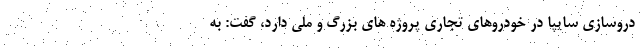
دروسازی سایپا در خودروهای تجاری پروژه های بزرگ و ملی دارد، گفت: به